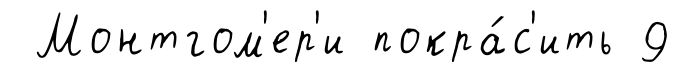
Монтгом'ер'и покра́с'ить 9